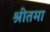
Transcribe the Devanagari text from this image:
श्रीतमा